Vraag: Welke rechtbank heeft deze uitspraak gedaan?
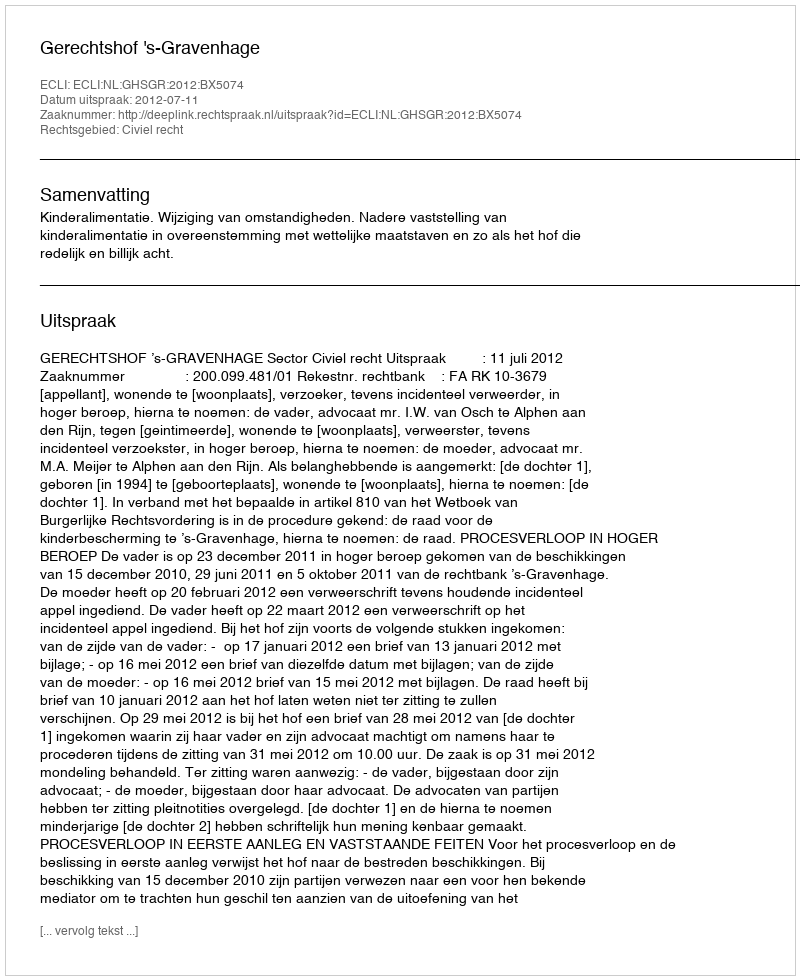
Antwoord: Gerechtshof 's-Gravenhage